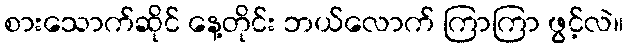
စားသောက်ဆိုင် နေ့တိုင်း ဘယ်လောက် ကြာကြာ ဖွင့်လဲ။